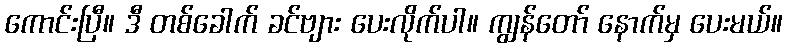
ကောင်းပြီ။ ဒီ တစ်ခေါက် ခင်ဗျား ပေးလိုက်ပါ။ ကျွန်တော် နောက်မှ ပေးမယ်။